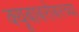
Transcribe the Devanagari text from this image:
क्यूबाबरोबरच्या